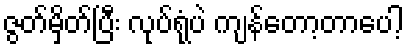
ဇွတ်မှိတ်ပြီး လုပ်ရုံပဲ ကျန်တော့တာပေါ့